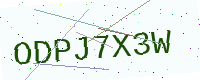
Text: ODPJ7X3W